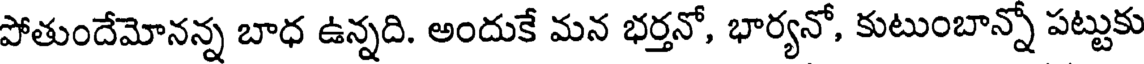
పోతుందేమోనన్న బాధ ఉన్నది. అందుకే మన భర్తనో, భార్యనో, కుటుంబాన్నో పట్టుకు